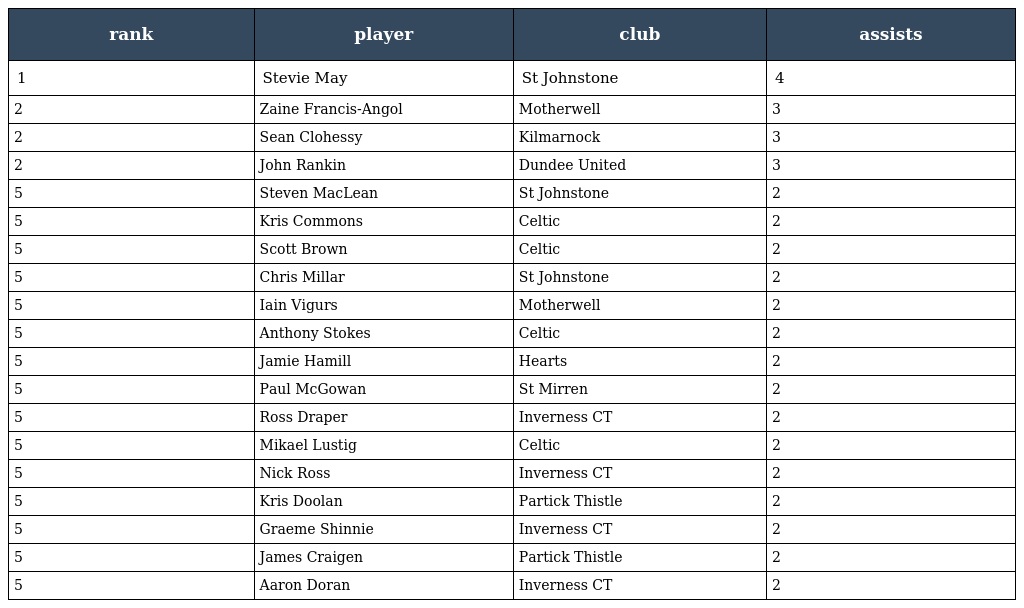
| rank | player | club | assists |
 | --- | --- | --- | --- |
 | 1 | Stevie May | St Johnstone | 4 |
 | 2 | Zaine Francis-Angol | Motherwell | 3 |
 | 2 | Sean Clohessy | Kilmarnock | 3 |
 | 2 | John Rankin | Dundee United | 3 |
 | 5 | Steven MacLean | St Johnstone | 2 |
 | 5 | Kris Commons | Celtic | 2 |
 | 5 | Scott Brown | Celtic | 2 |
 | 5 | Chris Millar | St Johnstone | 2 |
 | 5 | Iain Vigurs | Motherwell | 2 |
 | 5 | Anthony Stokes | Celtic | 2 |
 | 5 | Jamie Hamill | Hearts | 2 |
 | 5 | Paul McGowan | St Mirren | 2 |
 | 5 | Ross Draper | Inverness CT | 2 |
 | 5 | Mikael Lustig | Celtic | 2 |
 | 5 | Nick Ross | Inverness CT | 2 |
 | 5 | Kris Doolan | Partick Thistle | 2 |
 | 5 | Graeme Shinnie | Inverness CT | 2 |
 | 5 | James Craigen | Partick Thistle | 2 |
 | 5 | Aaron Doran | Inverness CT | 2 |